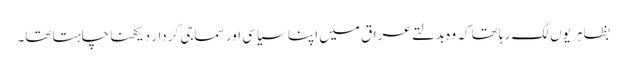
بظاہر یوں لگ رہا تھا کہ وہ بدلتے عراق میں اپنا سیاسی اور سماجی کردار دیکھنا چاہتا تھا۔